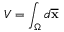
V = \int _ { \Omega } d { \overline { { \mathbf { x } } } }